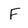
Character: F